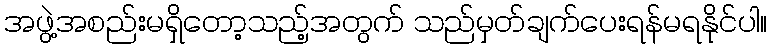
အဖွဲ့အစည်းမရှိတော့သည့်အတွက် သည်မှတ်ချက်ပေးရန်မရနိုင်ပါ။